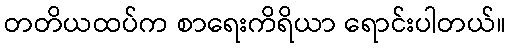
တတိယထပ်က စာရေးကိရိယာ ရောင်းပါတယ်။